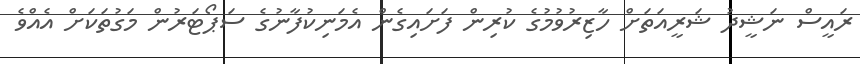
ރައީސް ނަޝީދު ޝަރީއަތަށް ހާޒިރުވުމުގެ ކުރިން ފަށައިގެން އެމަނިކުފާނުގެ ސަޕޯޓަރުން މަގުތަކަށް އެއްވެ